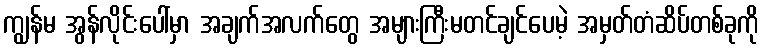
ကျွန်မ အွန်လိုင်းပေါ်မှာ အချက်အလက်တွေ အများကြီးမတင်ချင်ပေမဲ့ အမှတ်တံဆိပ်တစ်ခုကို